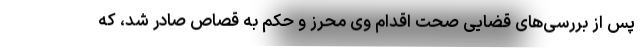
پس از بررسی‌های قضایی صحت اقدام وی محرز و حکم به قصاص صادر شد، که